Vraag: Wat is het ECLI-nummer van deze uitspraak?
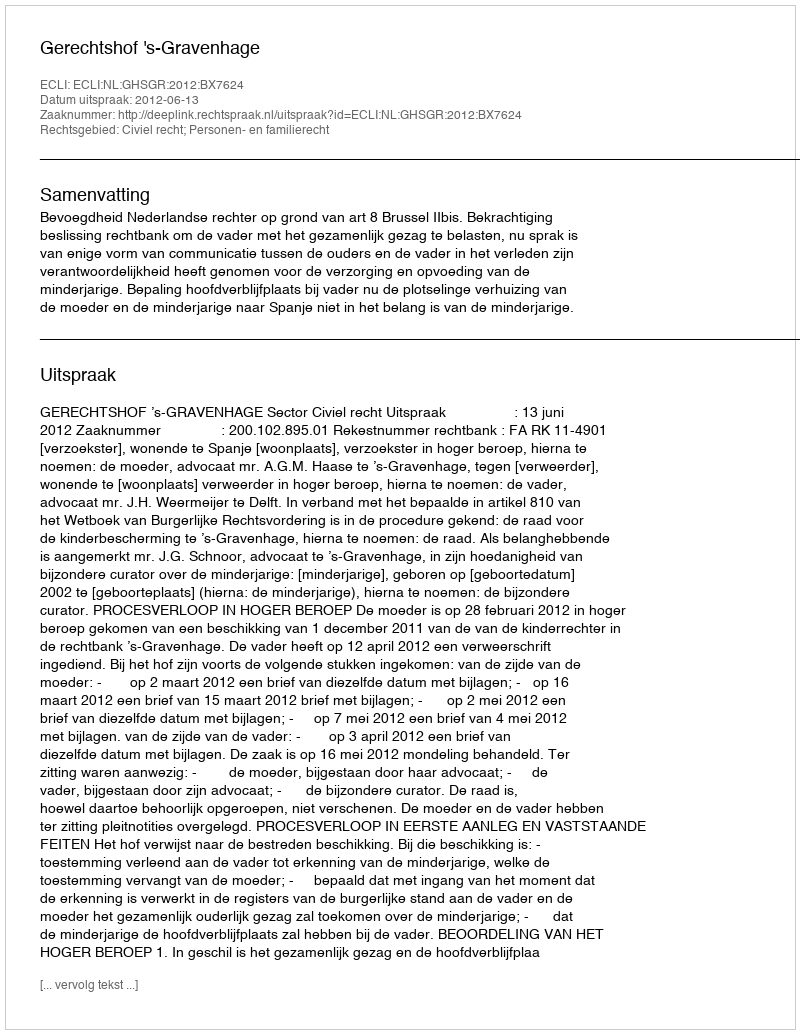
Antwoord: ECLI:NL:GHSGR:2012:BX7624